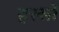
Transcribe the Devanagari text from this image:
हस्सों